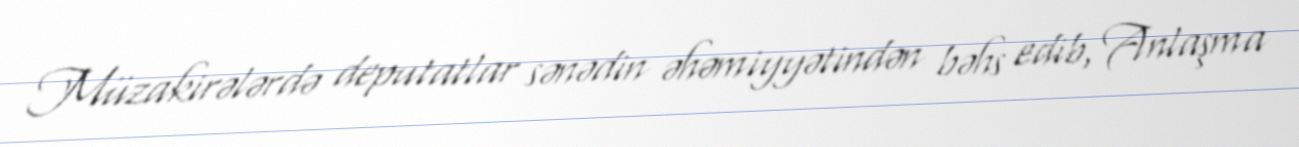
Müzakirələrdə deputatlar sənədin əhəmiyyətindən bəhs edib, Anlaşma